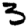
Digit: 3